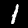
Label: 1